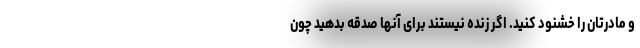
و مادرتان را خشنود کنید. اگر زنده نیستند برای آنها صدقه بدهید چون